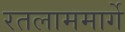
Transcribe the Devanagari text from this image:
रतलाममार्गे